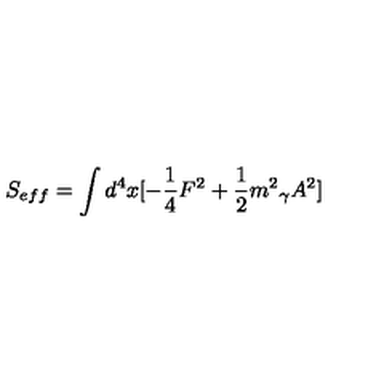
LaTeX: S _ { e f f } = \int { d ^ { 4 } x [ - \frac { 1 } { 4 } F ^ { 2 } + \frac { 1 } { 2 } { m ^ { 2 } } _ { \gamma } A ^ { 2 } ] }